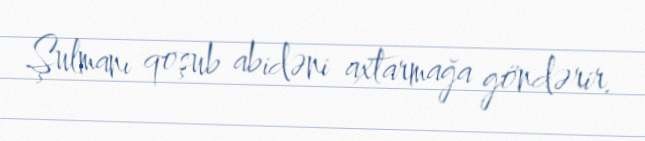
Şulmanı qoşub abidəni axtarmağa göndərir.